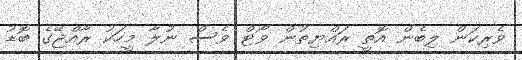
ވެރިކަން ލިބެން އޮތީ ރައްޔިތުން ވޯޓް ވެސް ނުލާ މީހަކު ރާއްޖޭގެ ބޮޑު